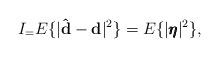
LaTeX: \begin{align*}I_ = E\{|\mathbf{\hat{d}}-\mathbf{d}|^2\} = E\{|\pmb{\eta}|^2\},\end{align*}